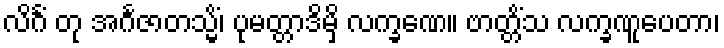
လိင်္ဂံ တု အင်္ဂဇာတသ္မိံ၊ ပုမတ္တာဒိမှိ လက္ခဏေ။ ဗာတ္တိံသ လက္ခဏူပေတာ၊